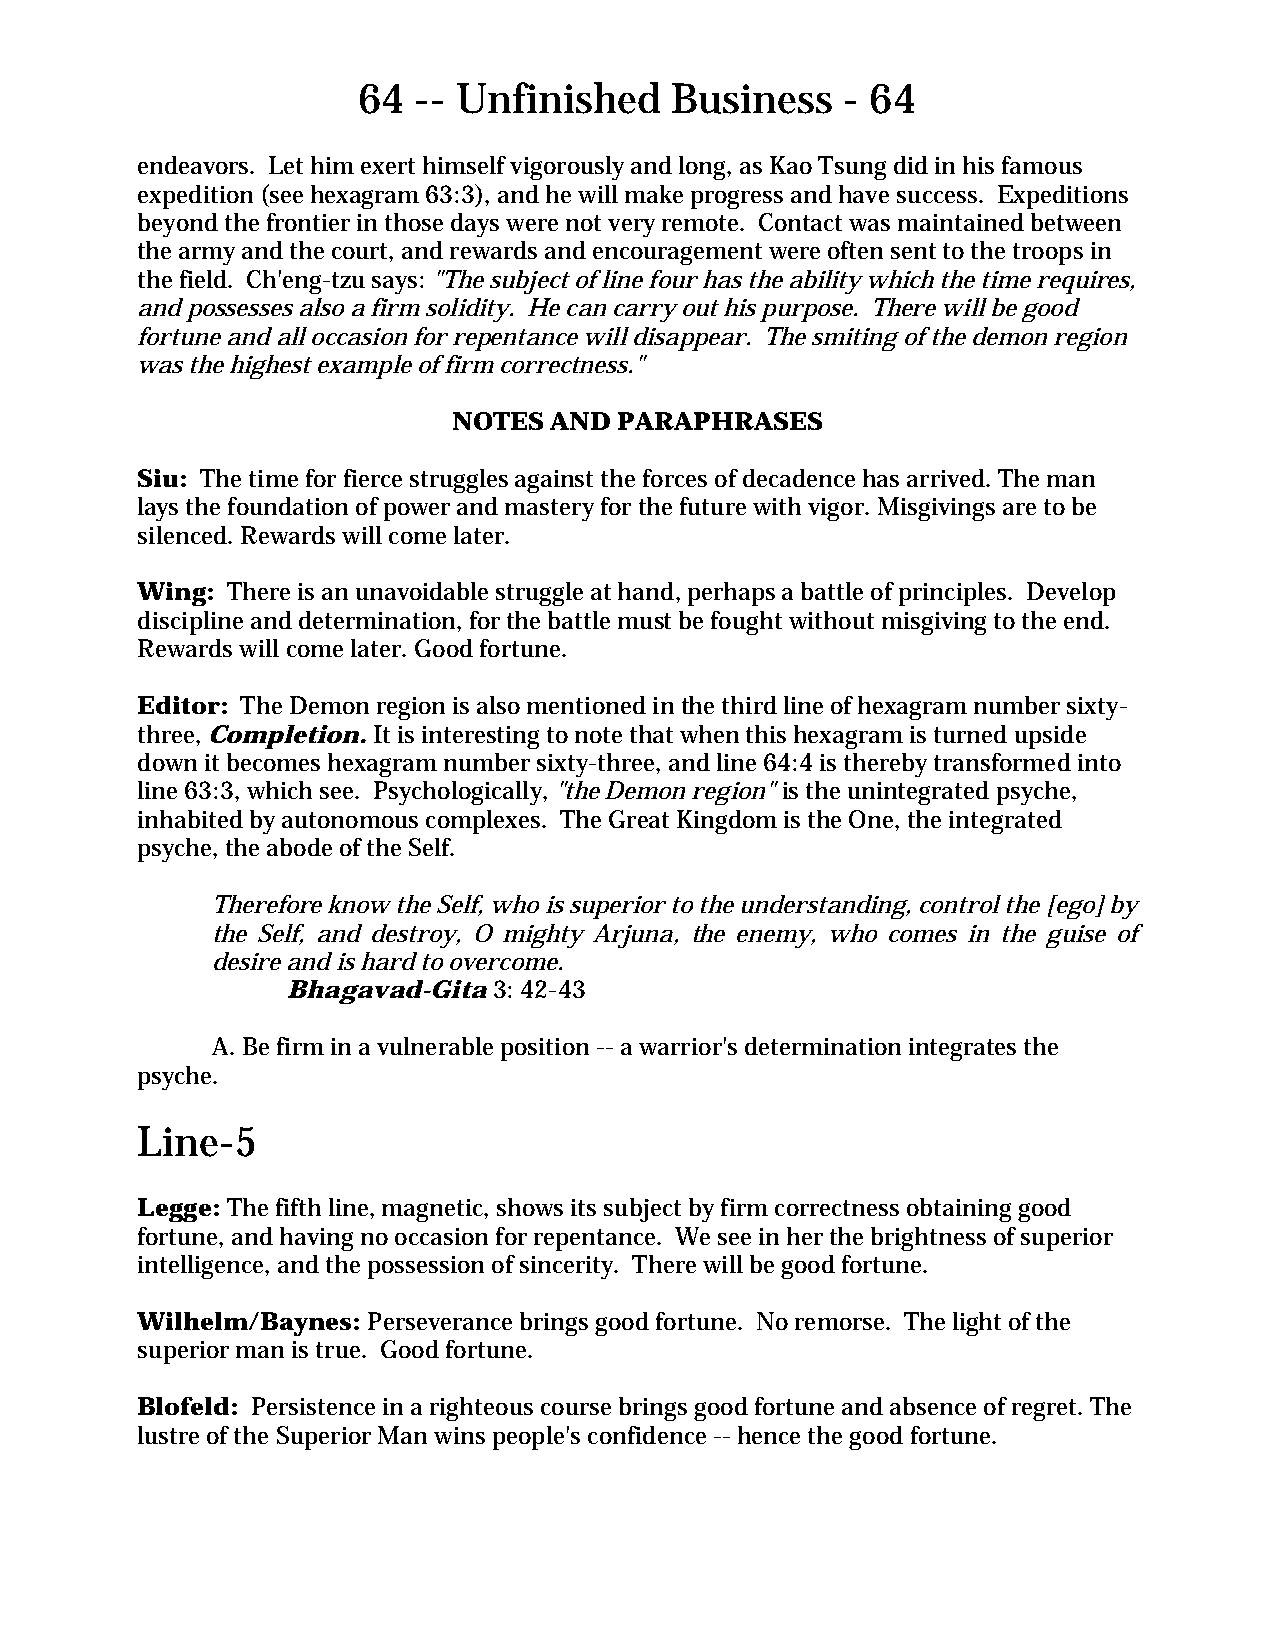
64  -- Unfinished   Business    - 64
 endeavors. Let him exert himself vigorously and long, as Kao Tsung did in his famous
 expedition (see hexagram 63:3), and he will make progress and have success. Expeditions
 beyond the frontier in those days were not very remote. Contact was maintained between
 the army and the court, and rewards and encouragement were often sent to the troops in
 the field. Ch'eng-tzu says: "The subject of line four has the ability which the time requires,
 and possesses also a firm solidity. He can carry out his purpose. There will be good
 fortune and all occasion for repentance will disappear. The smiting of the demon region
 was the highest example of firm correctness."
 NOTES AND  PARAPHRASES
 Siu: The time for fierce struggles against the forces of decadence has arrived. The man
 lays the foundation of power and mastery for the future with vigor. Misgivings are to be
 silenced. Rewards will come later.
 Wing: There is an unavoidable struggle at hand, perhaps a battle of principles. Develop
 discipline and determination, for the battle must be fought without misgiving to the end.
 Rewards will come later. Good fortune.
 Editor: The Demon region is also mentioned in the third line of hexagram number sixty-
 three, Completion. It is interesting to note that when this hexagram is turned upside
 down it becomes hexagram number sixty-three, and line 64:4 is thereby transformed into
 line 63:3, which see. Psychologically, "the Demon region" is the unintegrated psyche,
 inhabited by autonomous complexes. The Great Kingdom is the One, the integrated
 psyche, the abode of the Self.
 Therefore know the Self, who is superior to the understanding, control the [ego] by
 the Self, and destroy, O mighty Arjuna, the enemy, who comes in the guise of
 desire and is hard to overcome.
 Bhagavad-Gita 3: 42-43
 A. Be firm in a vulnerable position -- a warrior's determination integrates the
 psyche.
 Line-5
 Legge: The fifth line, magnetic, shows its subject by firm correctness obtaining good
 fortune, and having no occasion for repentance. We see in her the brightness of superior
 intelligence, and the possession of sincerity. There will be good fortune.
 Wilhelm/Baynes: Perseverance brings good fortune. No remorse. The light of the
 superior man is true. Good fortune.
 Blofeld: Persistence in a righteous course brings good fortune and absence of regret. The
 lustre of the Superior Man wins people's confidence -- hence the good fortune.